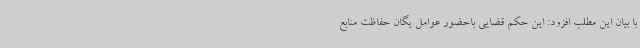
با بیان این مطلب افزود: این حکم قضایی باحضور عوامل یگان حفاظت منابع